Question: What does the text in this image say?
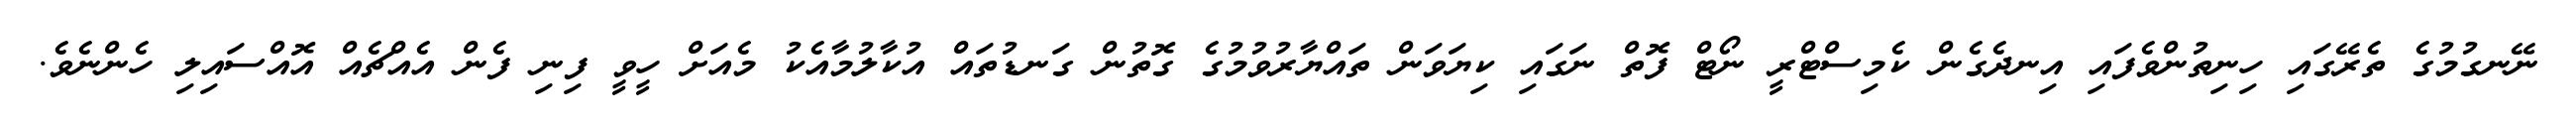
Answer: ނޭނގުމުގެ ތެރޭގައި ހިނިތުންވެފައި އިނދެގެން ކެމިސްޓްރީ ނޯޓް ފޮތް ނަގައި ކިޔަވަން ތައްޔާރުވުމުގެ ގޮތުން ގަނޑުތައް އުކާލުމާއެކު މެއަށް ހީވީ ފިނި ފެން އެއްޗެއް އޮއްސައިލި ހެންނެވެ.